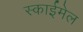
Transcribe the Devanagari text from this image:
स्काईमेल